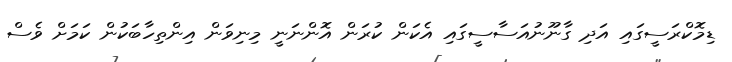
ޑިމޮކްރަސީގައި އަދި ގާނޫނުއަސާސީގައި އެކަން ކުރަން އޮންނަނީ މިނިވަން އިންތިހާބަކުން ކަމަށް ވެސް